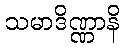
သမာဒိဏ္ဏာနိ